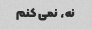
نه، نمی کنم